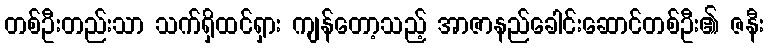
တစ်ဦးတည်းသာ သက်ရှိထင်ရှား ကျန်တော့သည့် အာဇာနည်ခေါင်းဆောင်တစ်ဦး၏ ဇနီး